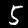
Digit: 5